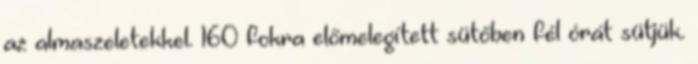
az almaszeletekkel. 160 fokra előmelegített sütőben fél órát sütjük.